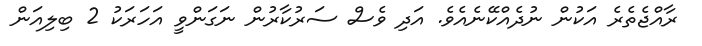
ރާއްޖެތެރެ އަކުން ނުދެއްކޭނެއެވެ. އަދި ވެސް ސަރުކާރުން ނަގަންވީ އަހަރަކު 2 ބިލިއަން